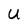
Character: U